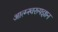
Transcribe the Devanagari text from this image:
आत्म्स्वरूपज्ञान